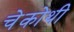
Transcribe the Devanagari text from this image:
चेकोथी